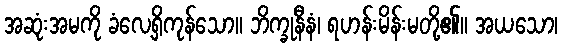
အဆုံးအမကို ခံလေ့ရှိကုန်သော။ ဘိက္ခုနီနံ၊ ရဟန်းမိန်းမတို့၏။ အယသော၊